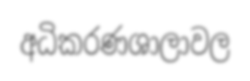
අධිකරණශාලාවල